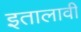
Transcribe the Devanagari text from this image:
इतालावी